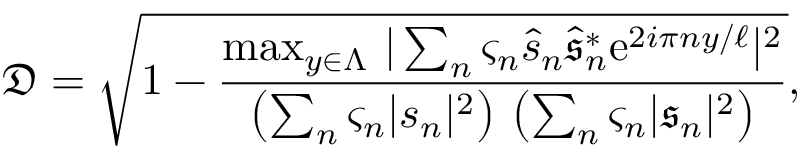
\mathfrak { D } = \sqrt { 1 - \frac { \operatorname* { m a x } _ { y \in \Lambda } \, \vert \sum _ { n } \varsigma _ { n } \hat { s } _ { n } \hat { \mathfrak { s } } _ { n } ^ { \ast } \mathrm { e } ^ { 2 i \pi n y / \ell } \vert ^ { 2 } } { \left( \sum _ { n } \varsigma _ { n } \vert s _ { n } \vert ^ { 2 } \right) \, \left( \sum _ { n } \varsigma _ { n } \vert \mathfrak { s } _ { n } \vert ^ { 2 } \right) } } ,